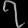
Digit: ၇